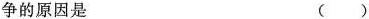
争的原因是 ()